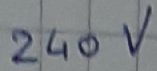
Text: 240V